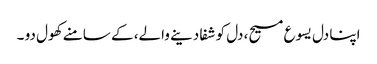
اپنا دل یسوع مسیح، دل کو شفا دینے والے، کے سامنے کھول دو ۔